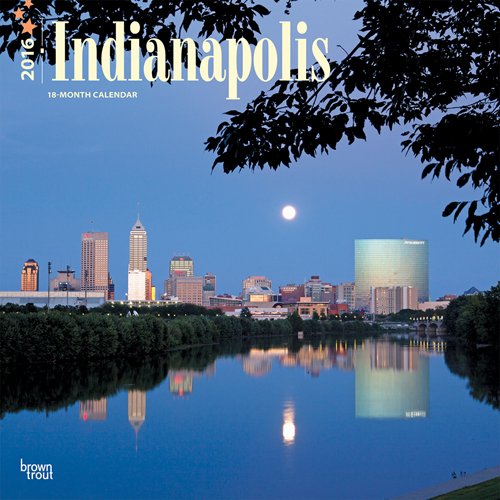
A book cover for Indianapolis 2016 Square 12x12; Browntrout Publishers; Calendars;